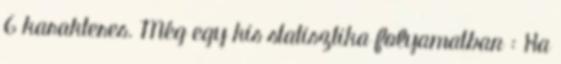
6 karakteres. Még egy kis statisztika folyamatban : Ha